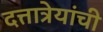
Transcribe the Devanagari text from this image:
दत्तात्रेयांची